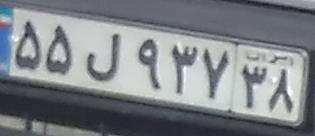
۵۵ل۹۳۷۳۸